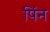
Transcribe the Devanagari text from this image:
पिंन